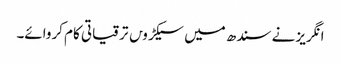
انگریز نے سندھ میں سیکڑو‍ں ترقیاتی کام کروائے۔